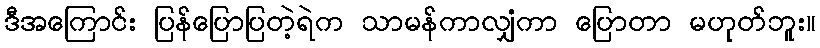
ဒီအကြောင်း ပြန်ပြောပြတဲ့ရဲက သာမန်ကာလျှံကာ ပြောတာ မဟုတ်ဘူး။